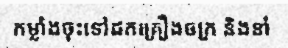
កម្លាំងចុះទៅដកគ្រឿងចក្រ និងនាំ